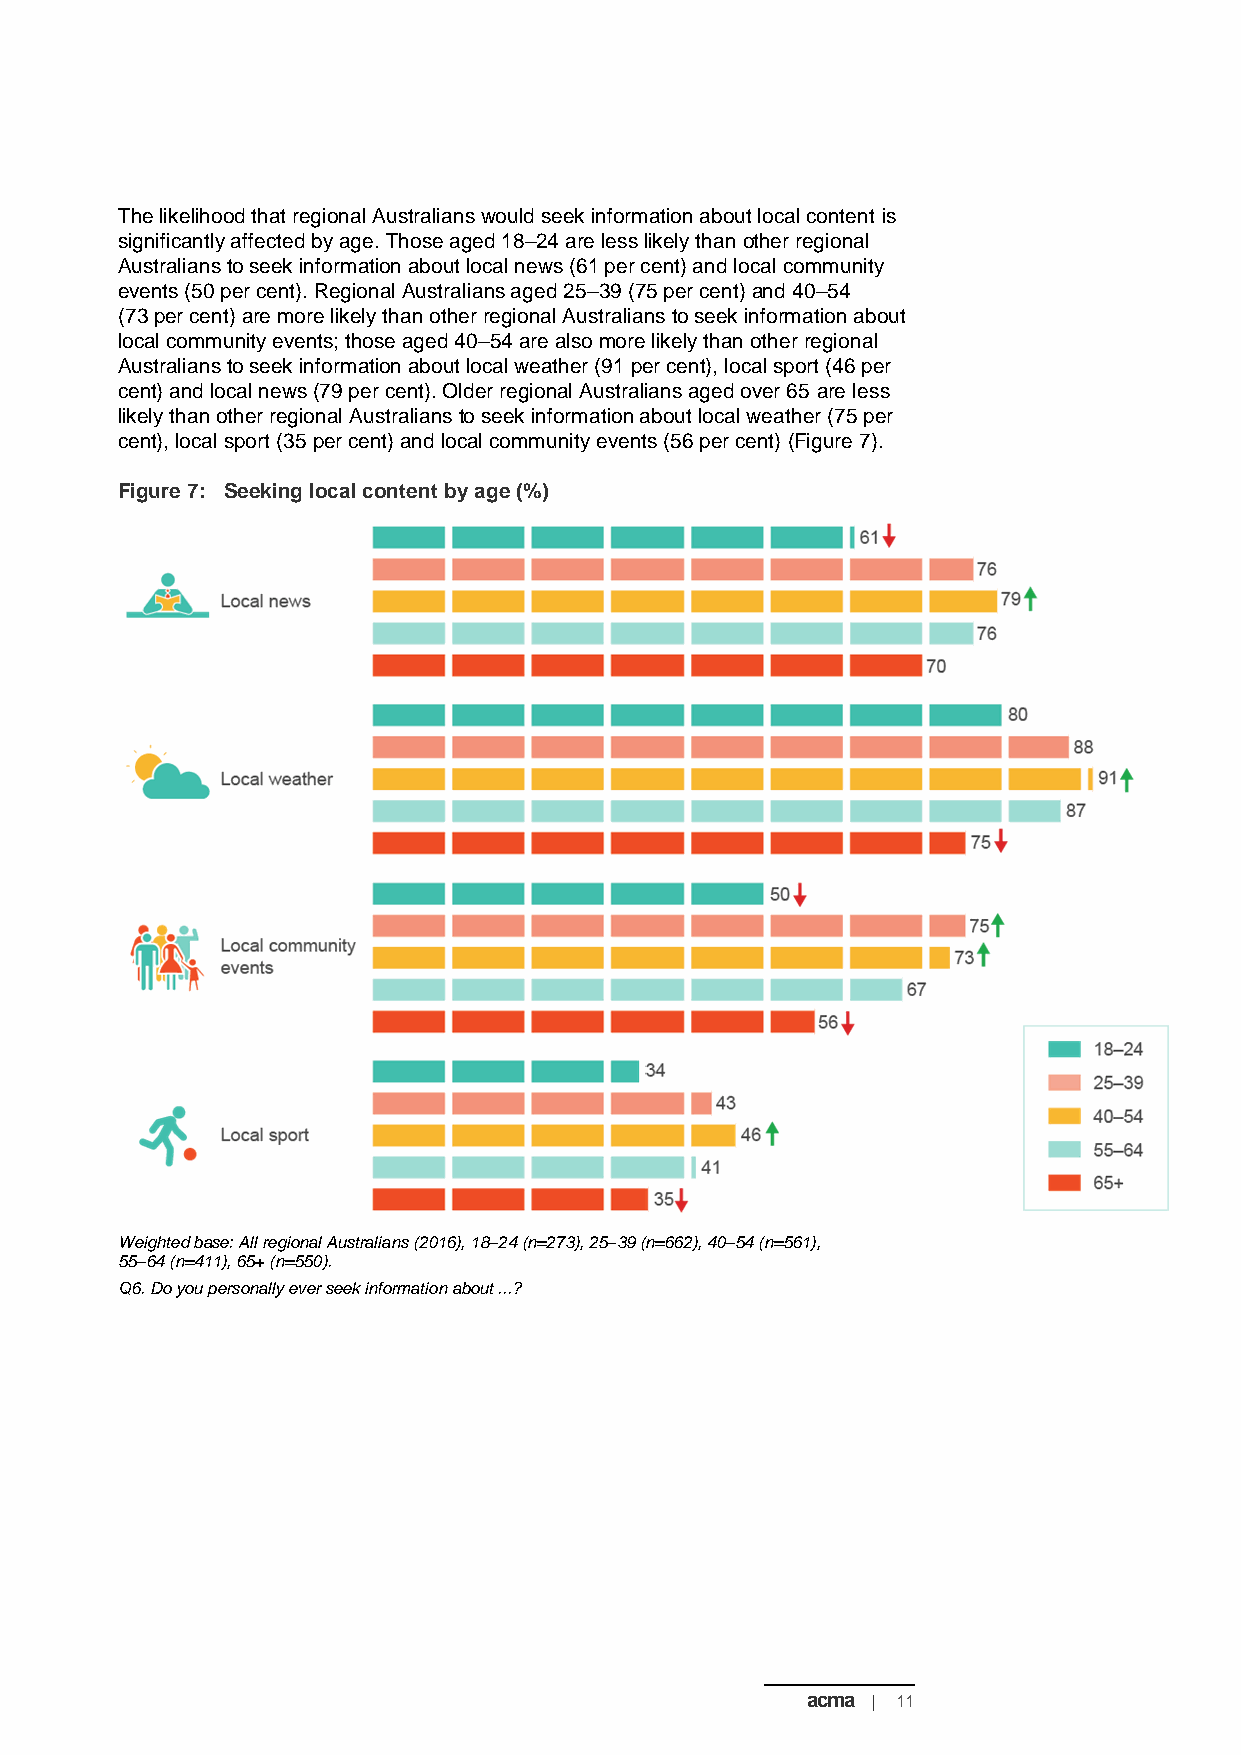
The likelihood that regional Australians would seek information about local content is
 significantly affected by age. Those aged 18–24 are less likely than other regional
 Australians to seek information about local news (61 per cent) and local community
 events (50 per cent). Regional Australians aged 25–39 (75 per cent) and 40–54
 (73 per cent) are more likely than other regional Australians to seek information about
 local community events; those aged 40–54 are also more likely than other regional
 Australians to seek information about local weather (91 per cent), local sport (46 per
 cent) and local news (79 per cent). Older regional Australians aged over 65 are less
 likely than other regional Australians to seek information about local weather (75 per
 cent), local sport (35 per cent) and local community events (56 per cent) (Figure 7).
 Figure 7: Seeking local content by age (%)
 Weighted base: All regional Australians (2016), 18–24 (n=273), 25–39 (n=662), 40–54 (n=561),
 55–64 (n=411), 65+ (n=550).
 Q6. Do you personally ever seek information about ...?
 acma | 11